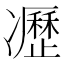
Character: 𠘟